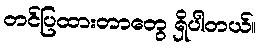
တင်ပြထားတာတွေ ရှိပါတယ်။